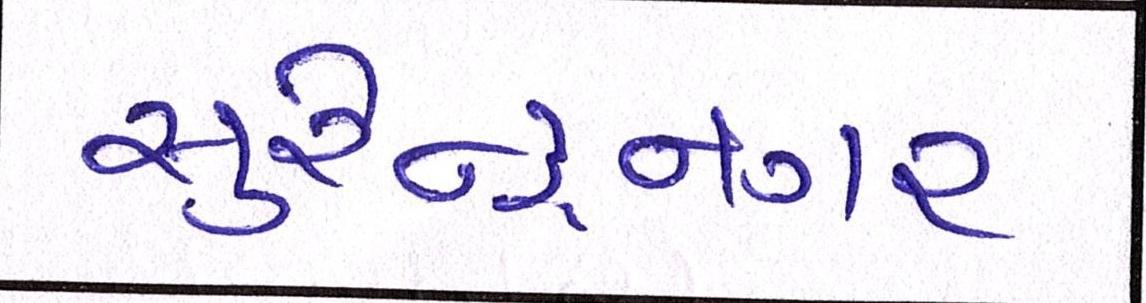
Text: સુરેન્દ્રનગર